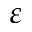
\varepsilon